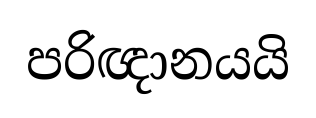
පරිඥානයයි